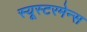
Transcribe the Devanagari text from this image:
स्यूस्टरमेन्स